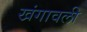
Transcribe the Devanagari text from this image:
खंगावली